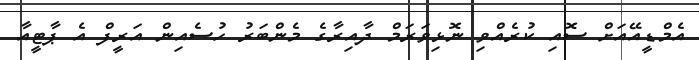
އެމްޑީއޭއަށް ސޮއި ކުރެއްވި ނޮޅިވަރަމް ދާއިރާގެ މެންބަރު ހުސެއިން އަރީފް އެ ޕާޓީއާ